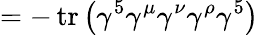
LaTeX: =-\operatorname{tr}\left(\gamma^{5}\gamma^{\mu}\gamma^{\nu}\gamma^{\rho}\gamma^{5}\right)